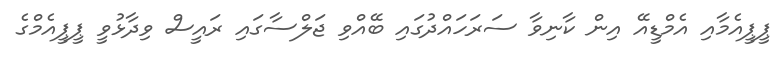
ޕީޕީއެމާއި އެމްޑީއޭ އިން ކާނިވާ ސަރަހައްދުގައި ބޭއްވި ޖަލްސާގައި ރައީސް ވިދާޅުވީ ޕީޕީއެމްގެ